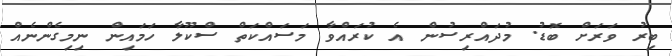
ބިރު ވަރަށް ބޮޑު. މުދައްރިސުން އެ ކުރައްވާ މަސައްކަތް ސްކޫލާ ހަމައިން ނިމިގެންނެއް